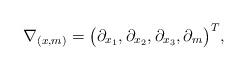
LaTeX: \begin{align*}\nabla_{(x,m)} = \big( \partial_{x_1} , \partial_{x_2} ,\partial_{x_3} , \partial_{m} \big)^T ,\end{align*}